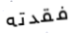
فقدته